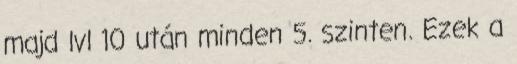
majd lvl 10 után minden 5. szinten. Ezek a